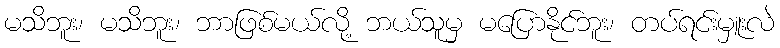
မသိဘူး၊ မသိဘူး၊ ဘာဖြစ်မယ်လို့ ဘယ်သူမှ မပြောနိုင်ဘူး၊ တပ်ရင်းမှူးလဲ